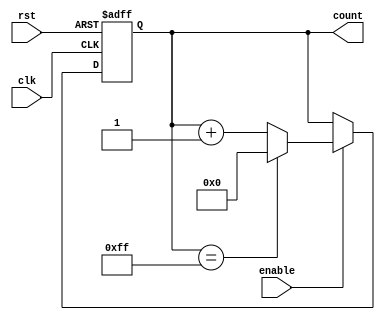
module memory_blocks_up_counter #(
    parameter N = 8  // Define the width of the counter (N bits)
)(
    input wire clk,     // Clock signal
    input wire rst,     // Asynchronous active-high reset
    input wire enable,  // Enable signal for counting
    output reg [N-1:0] count // N-bit output for the current count value
);

// Always block triggered on the rising edge of the clock
always @(posedge clk or posedge rst) begin
    if (rst) begin
        // If reset is high, initialize count to zero
        count <= {N{1'b0}};
    end else if (enable) begin
        // If enable is high, increment the count
        if (count == {N{1'b1}}) begin
            // If count reaches maximum value, wrap around to zero
            count <= {N{1'b0}};
        end else begin
            // Increment count
            count <= count + 1'b1;
        end
    end
end

endmodule